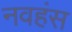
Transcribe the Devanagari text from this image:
नवहंस